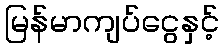
မြန်မာကျပ်ငွေနှင့်